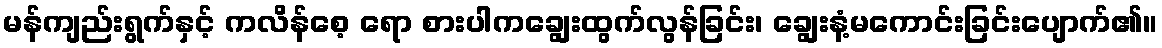
မန်ကျည်းရွက်နှင့် ကလိန်စေ့ ရော စားပါကချွေးထွက်လွန်ခြင်း၊ ချွေးနံ့မကောင်းခြင်းပျောက်၏။